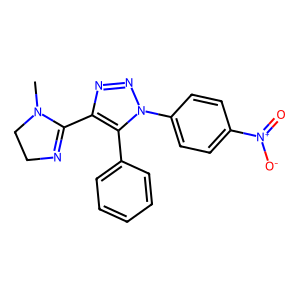
SMILES: CN1CCN=C1c1nnn(-c2ccc([N+](=O)[O-])cc2)c1-c1ccccc1
Inhibits HIV replication: No